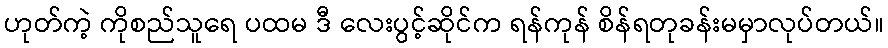
ဟုတ်ကဲ့ ကိုစည်သူရေ ပထမ ဒီ လေးပွင့်ဆိုင်က ရန်ကုန် စိန်ရတုခန်းမမှာလုပ်တယ်။